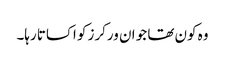
وہ کون تھا جو ان ورکرز کو اکساتا رہا۔